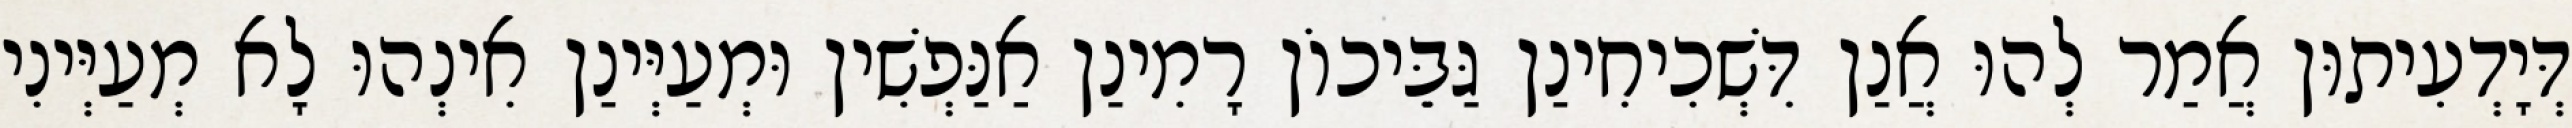
דְּיָדְעִיתוּן אֲמַר לְהוּ אֲנַן דִּשְׁכִיחִינַן גַּבֵּיכוֹן רָמִינַן אַנַּפְשִׁין וּמְעַיְּינַן אִינְהוּ לָא מְעַיְּינִי